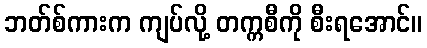
ဘတ်စ်ကားက ကျပ်လို့ တက္ကစီကို စီးရအောင်။